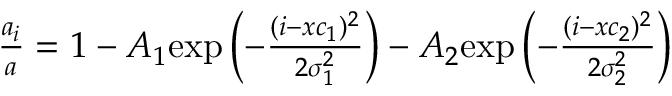
\begin{array} { r } { \frac { a _ { i } } { a } = 1 - A _ { 1 } \mathrm { e x p } \left( { - \frac { ( i - x c _ { 1 } ) ^ { 2 } } { 2 \sigma _ { 1 } ^ { 2 } } } \right) - A _ { 2 } \mathrm { e x p } \left( { - \frac { ( i - x c _ { 2 } ) ^ { 2 } } { 2 \sigma _ { 2 } ^ { 2 } } } \right) } \end{array}